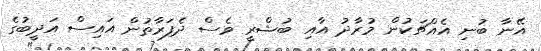
އޭނާ ބުނި އެއްޗަކުން މުރާދު އާއި ބުޝްރީ ވެސް ދެފަރާތުން އައިސް އަދީބުގެ